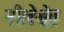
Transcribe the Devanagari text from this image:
नीलेश्वेत